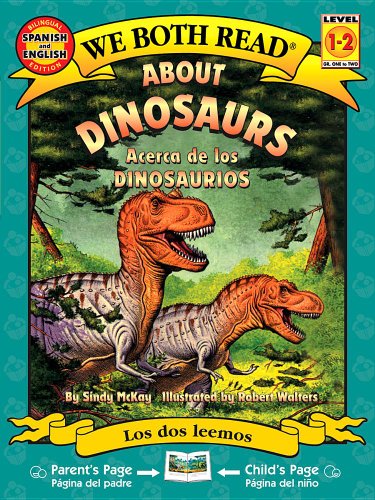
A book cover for About Dinosaurs/Acerca de Los Dinosaurios (We Both Read - Level 1-2 (Quality)) (Spanish Edition); Sindy McKay; Children's Books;